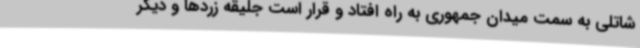
شاتلی به سمت میدان جمهوری به راه افتاد و قرار است جلیقه زردها و دیگر